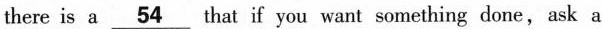
there is a \underline{54} that if you want something done,ask a